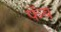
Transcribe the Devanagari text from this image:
फॅब